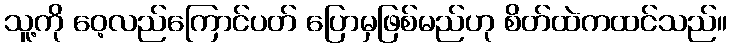
သူ့ကို ဝေ့လည်ကြောင်ပတ် ပြောမှဖြစ်မည်ဟု စိတ်ထဲကထင်သည်။